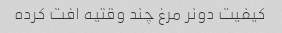
کیفیت دونر مرغ چند وقتیه افت کرده